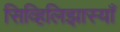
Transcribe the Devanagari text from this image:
सिव्हिलिझास्याँ